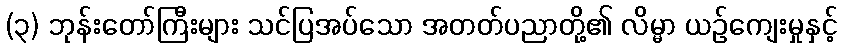
(၃) ဘုန်းတော်ကြီးများ သင်ပြအပ်သော အတတ်ပညာတို့၏ လိမ္မာ ယဉ်ကျေးမှုနှင့်